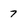
Character: 7